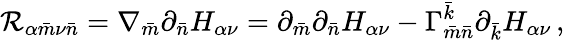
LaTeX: \mathcal{R}_{\alpha{\bar{{m}}}\nu{\bar{{n}}}}=\nabla_{\bar{{m}}}\partial_{\bar{{n}}}H_{\alpha\nu}=\partial_{\bar{{m}}}\partial_{\bar{{n}}}H_{\alpha\nu}-\Gamma_{\bar{{m}}\bar{{n}}}^{\bar{{k}}}\partial_{\bar{{k}}}H_{\alpha\nu}\, ,